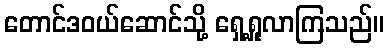
တောင်ဒဝယ်ဆောင်သို့ ရှေ့ရှုလာကြသည်။